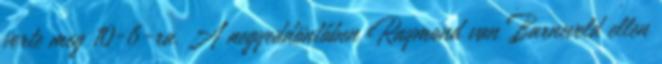
verte meg 10-6-ra. A negyeddöntőben Raymond van Barneveld ellen